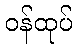
ဝန်ထုပ်